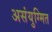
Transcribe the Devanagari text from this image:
असंयुग्मित